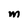
Character: M